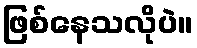
ဖြစ်နေသလိုပဲ။